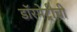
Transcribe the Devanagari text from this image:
डॉरमेट्रीची